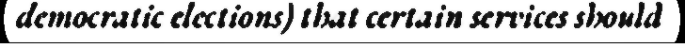
democratic elections) that certain services should